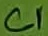
Text: C1